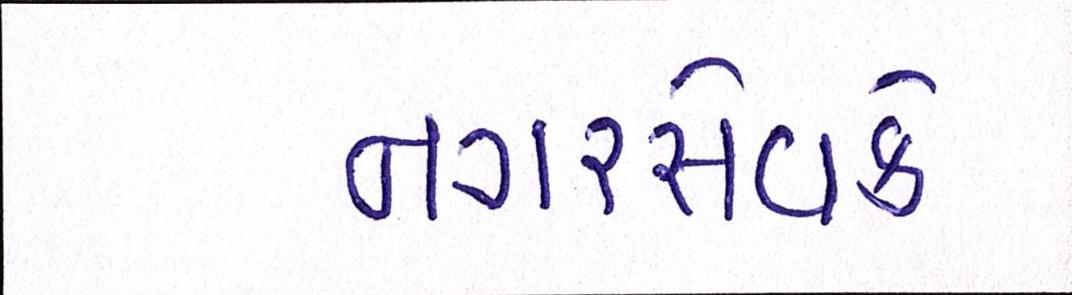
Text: નગરસેવકે